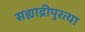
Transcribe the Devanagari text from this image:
सह्याद्रीपुरत्या